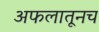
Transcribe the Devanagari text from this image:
अफलातूनच